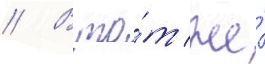
// В то́т же́